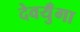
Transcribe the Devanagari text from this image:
देवयुँगा